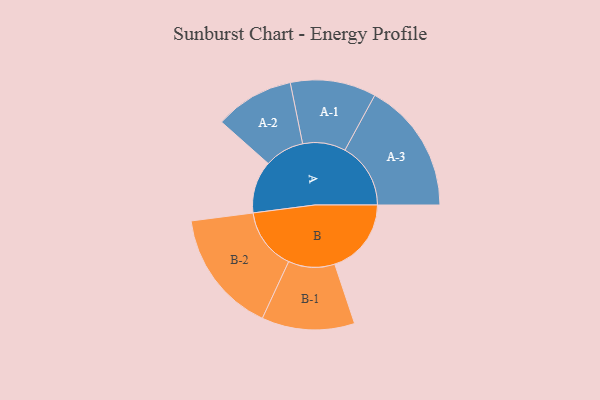
{"axis": {"x": "Segment", "y": "Value"}, "legend": ["", "A", "B"], "data": [{"x": "A", "y": 160, "type": ""}, {"x": "B", "y": 234, "type": ""}, {"x": "A-1", "y": 131, "type": "A"}, {"x": "A-2", "y": 121, "type": "A"}, {"x": "A-3", "y": 201, "type": "A"}, {"x": "B-1", "y": 142, "type": "B"}, {"x": "B-2", "y": 189, "type": "B"}]}